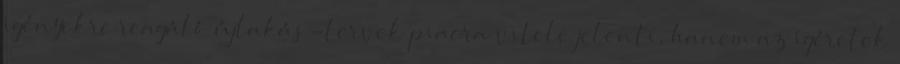
igényekre reagáló újlakás-tervek piacra vitele jelenti, hanem az ígéretek